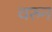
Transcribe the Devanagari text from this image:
चरुन